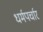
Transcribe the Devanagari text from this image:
धर्मपर्चार